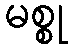
မစ္စု